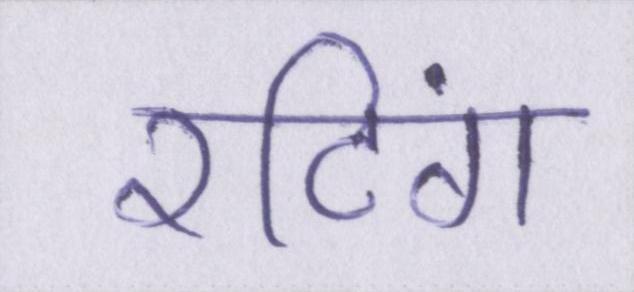
रटिंग